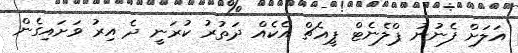
އަލަށް ފެނުނު ޕްލެނެޓް ޕީއެޗް އެކެއް ދަތުރު ކުރަނީ ދެ އިރު ވަށައިގެން